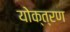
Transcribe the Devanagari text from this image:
योक्त्रण